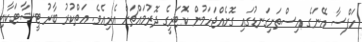
ހަފްސާ އޭނަގެ އިސްތަށިގަނޑުގައި ގޮށެއްޖަހަމުން ކޮޓަރީގެ ދޮރުމައްޗަށް އެރިއެވެ. އަތްކުރު ބާރު ޓީޝާޓަކާއި